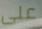
على